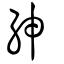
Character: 紳